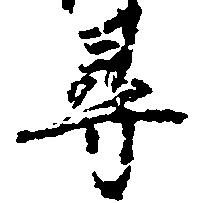
尋